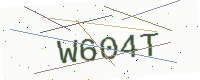
Text: W604T